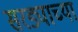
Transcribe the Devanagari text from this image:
सरड्याच्या